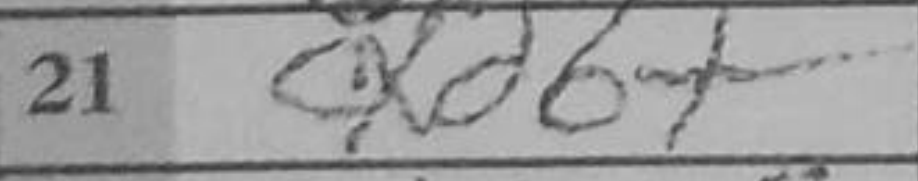
Transcription: cxd6+